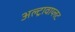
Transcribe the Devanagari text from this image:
अल्ट्रावाय्लट